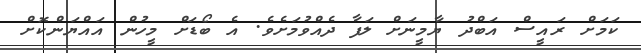
ކަމަށް ރައީސް އަބްދު ޔާމީނަށް ލަފާ ދެއްވުމަށެވެ. އެ ބޯޑަށް މީހުން އައްޔަންކޮށް